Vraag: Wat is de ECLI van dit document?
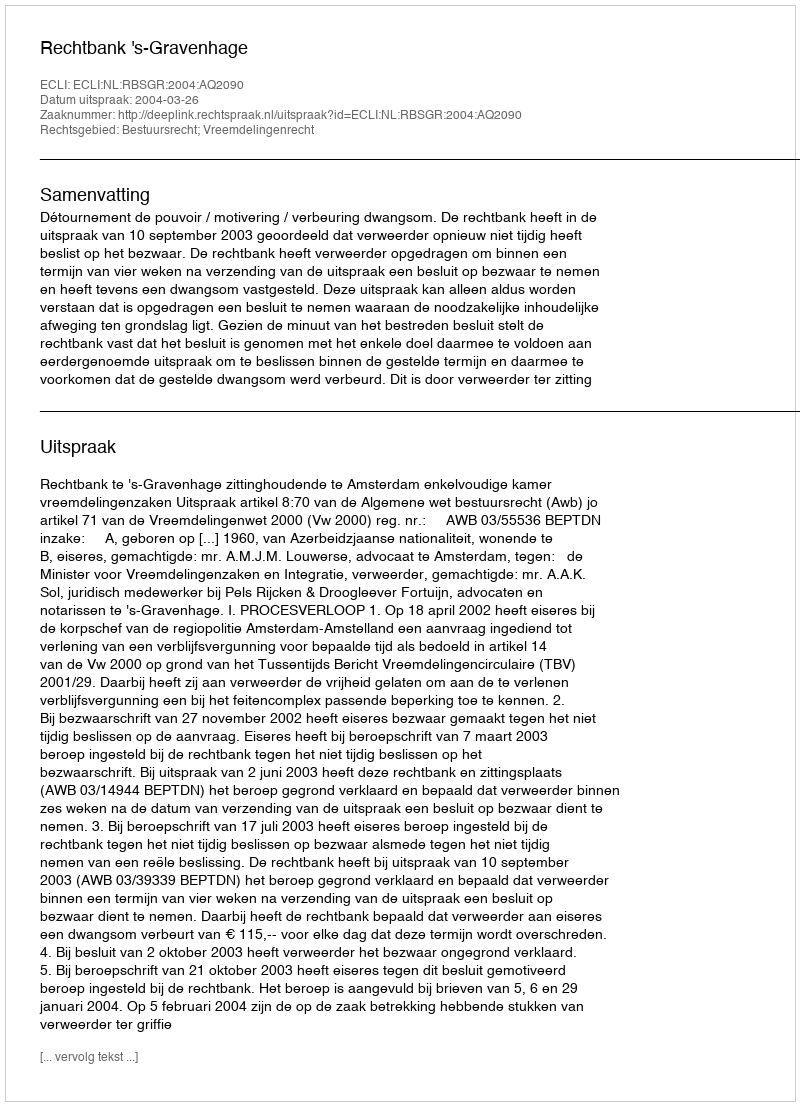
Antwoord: ECLI:NL:RBSGR:2004:AQ2090